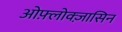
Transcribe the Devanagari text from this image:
ओफ़्लोक्ज़ासिन